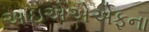
આઇએએએફના